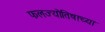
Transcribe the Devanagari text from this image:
फलज्योतिषाच्या